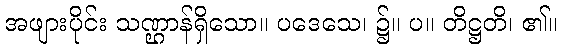
အဖျားပိုင်း သဏ္ဌာန်ရှိသော။ ပဒေသေ၊ ၌။ ပ။ တိဋ္ဌတိ၊ ၏။